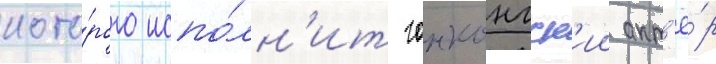
кото́рого испо́лн'ит гонконгск'ии акт'ё́р